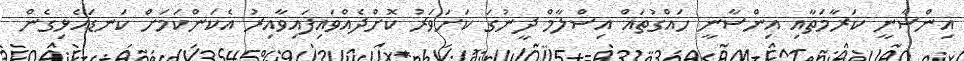
އިންސާނީ ކަރާމަތާއި އިންސާނީ ހައްގުތައް އިސްލާމް ދީނުގަ ކަށަވަރު ކޮށްދެއްވައިފައިވާއިރު އެކަންކަމަށް ކަނޑައެޅިގެން